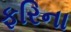
ફરિના